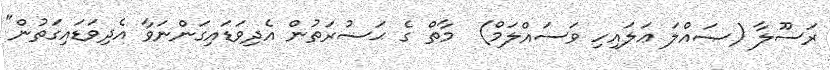
ރަސޫލާ (ޞައްލަ ޢަލައިހި ވަސައްލަމް)  މާތް ގެ ޙަޟުރަތުން އެދިވަޑައިގަންނަވާ އެދިވަޑައިގަތުން"